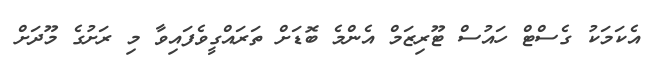
އެކަމަކު ގެސްޓް ހައުސް ޓޫރިޒަމް އެންމެ ބޮޑަށް ތަރައްގީވެފައިވާ މި ރަށުގެ މޫދަށް